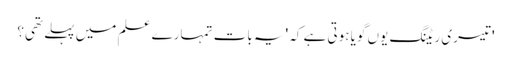
' تیسری ریٹنگ یوں گویا ہوتی ہے کہ 'یہ بات تمہارے علم میں پہلے تھی؟